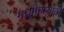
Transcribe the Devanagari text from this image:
मधुमेहासाठी